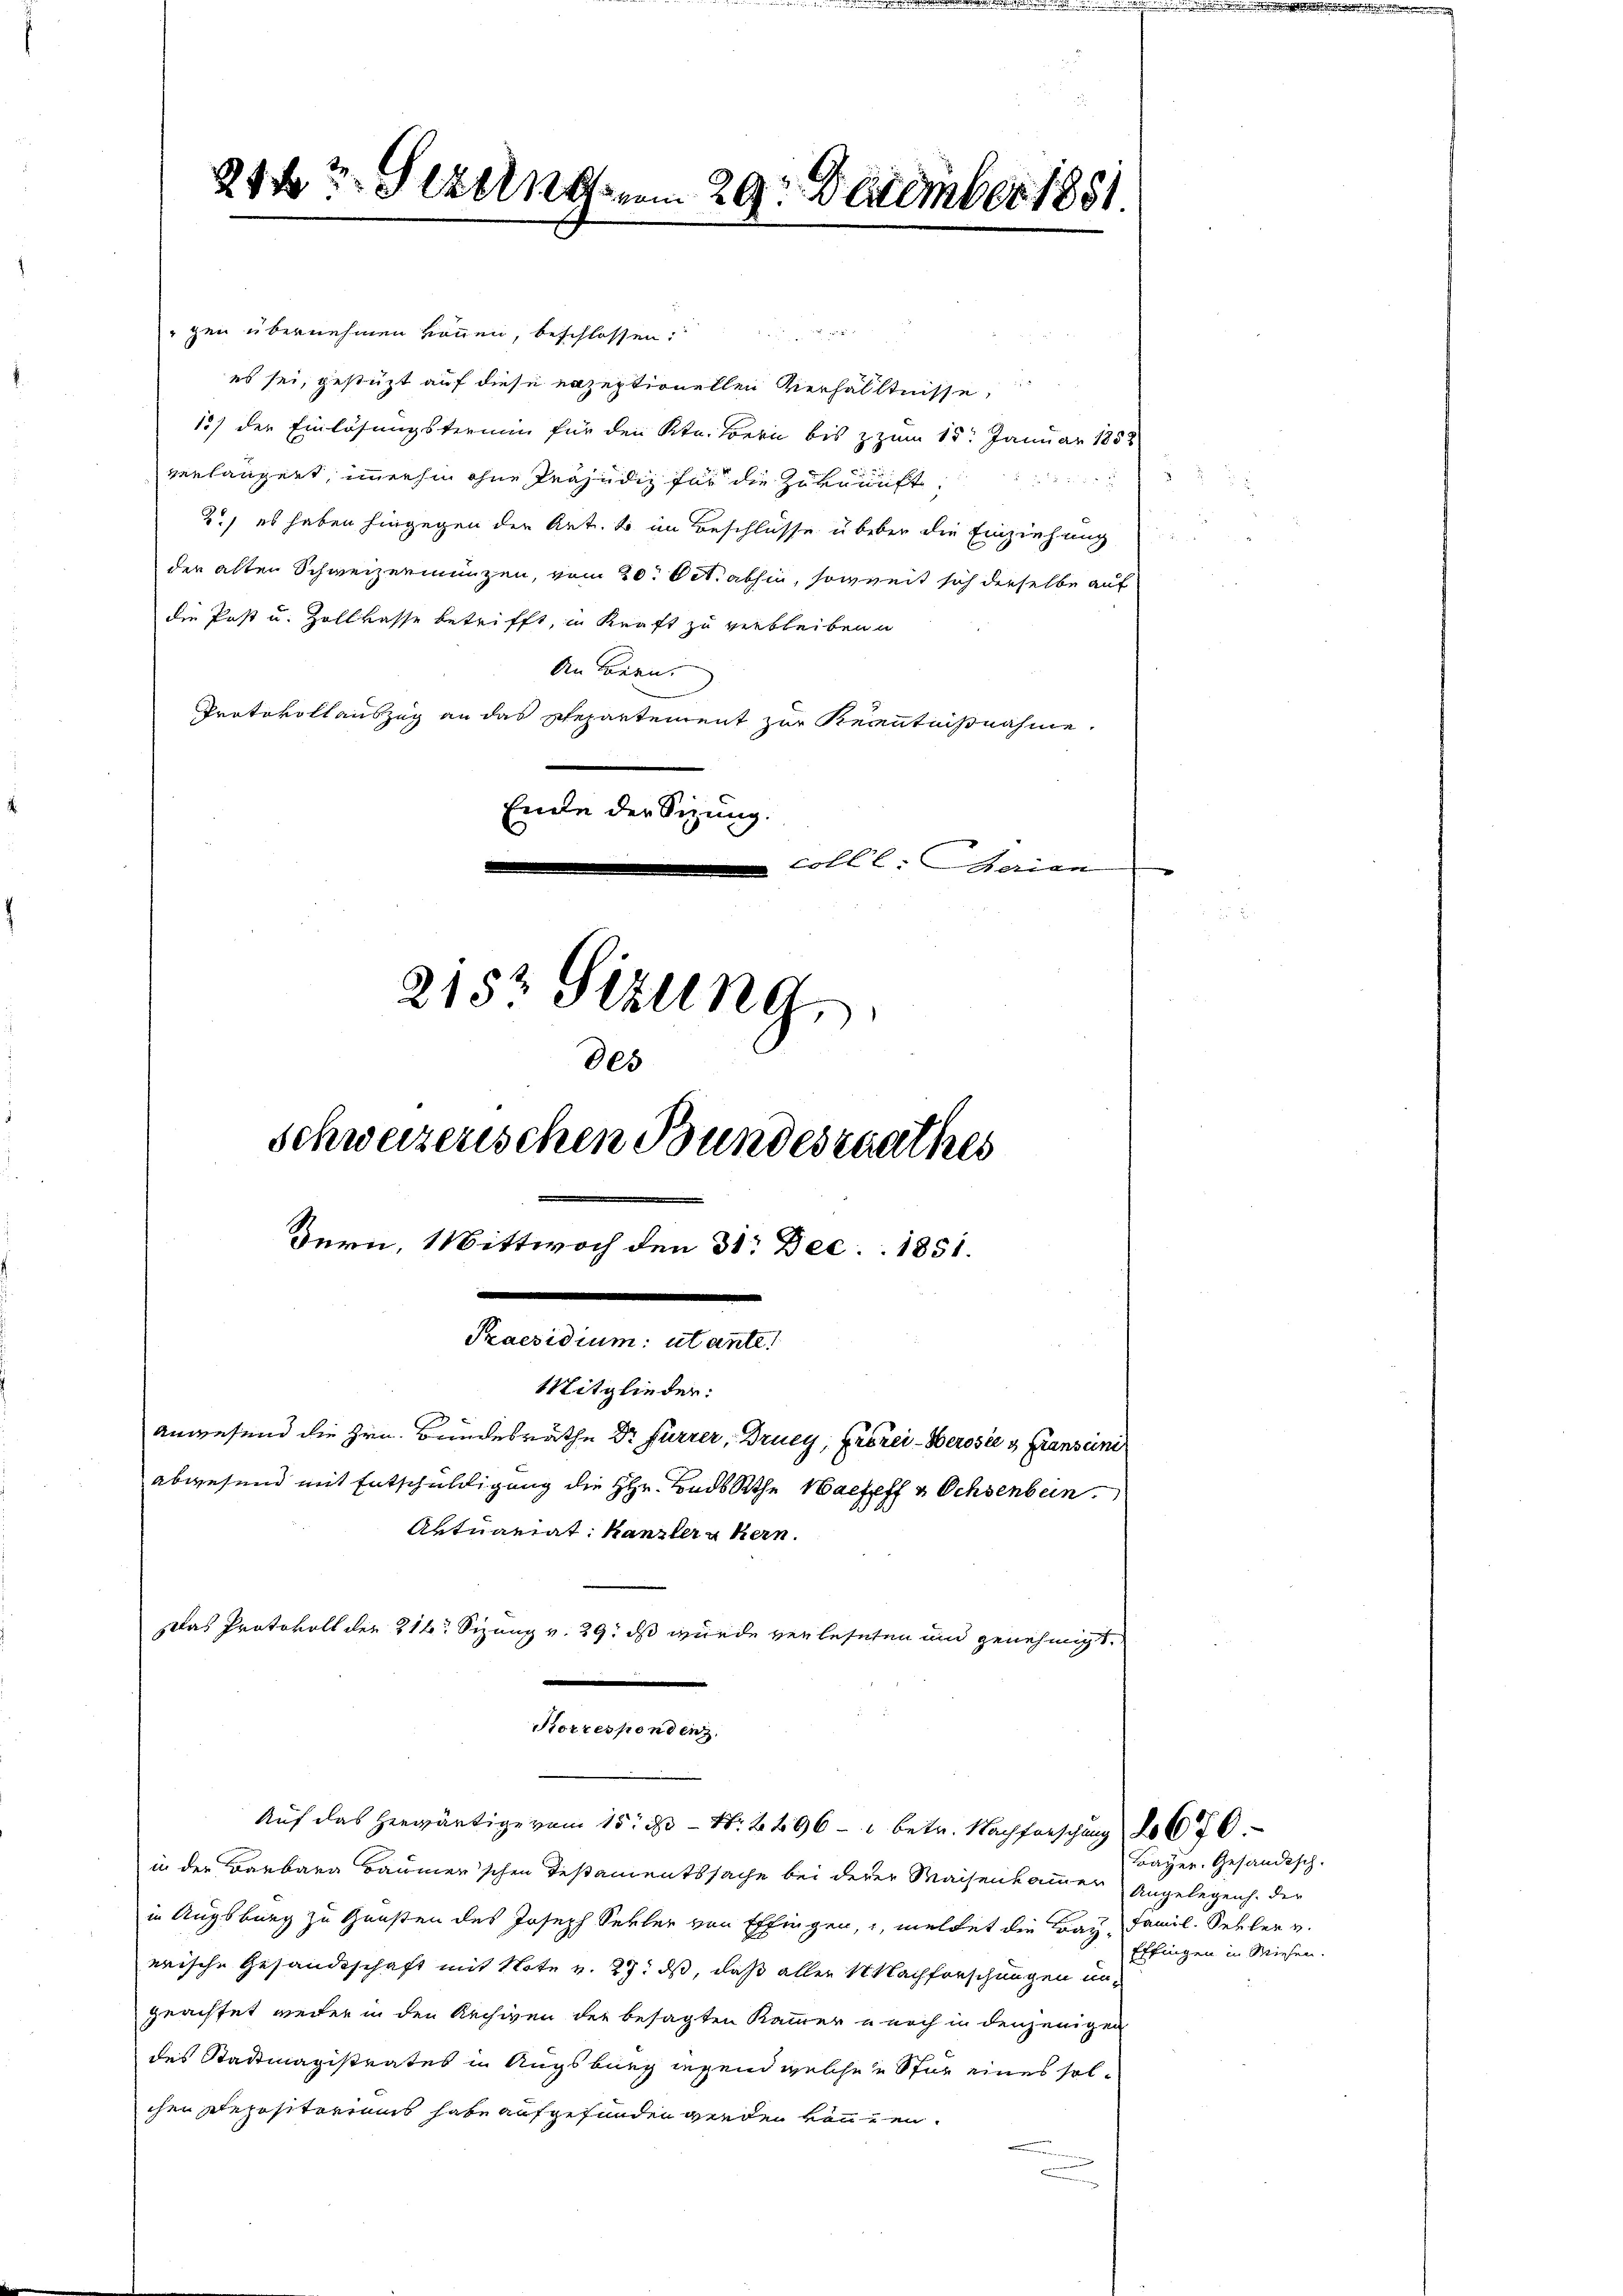
gen übernehmen können, beschlossen:
es sei, gestüzt auf diese erzeptionellen Verhältnisse,
15) der Einlösungstermin für den Str. Bern bis zum 15. Januar 1858
verlängert, immerhin ohne Präjudiz für die Zukunft,
2.) es haben hingegen der Art. So im Beschlüsse über die Einziehung
der alten Schweizermünzen, vom 20. Oct. abhin, soweit sich derselbe auf
die Post u. Zollkasse betrifft, in Kraft zu verbleiben.
An Bern.
Protokoll auszug an das Departement zur Kenntnißnahme
Ende der Sitzung.
coll l. berien
g

.

212 Sezung vom 29. Dezember 1851.

2152 Sizung,
Des
Schweizerischen Bundesrathes
Bern, Wittwoch den 31. Dec. 1851.

Mitglieder:
Anwesend die Hrn. Bundesräthe Dr Furrer, Drucy, Erbrei-Berosie u Fransciniabwesend mit Entschuldigung die HHr. Bads Athe Wacheff a Ochsenbein
Artuariat Kanzler u kern.

.

Praesidium utante
Das Protokoll der 216. Sizung v. 29. ds wurde verlesehen und genehmigt,

Korrespendenz.
Auf das herwärtige vom 15. ds N. 2496 - 1 betr. Nachforschung 2670.

in der Barbara Baumer'schen Testamentssache bei derer Waisenkammer Angelegenh. der
in Augsburg zu Gunsten des Joseph Sekter von Effingen, meldet die Bau, Famil. Seller v.
erische Gesandtschaft mit Note v. 27. ds, daß aller Nachforschungen un-
geachtet weiter in den Archiven der besagten Kammer u noch in denjenigen
des Stadtmagistrates in Augsburg ingend welche u Star eines solchen Repositoriums habe aufgefunden werden können.

Bayer. Gesändisch.
Effingen in Wiesen.